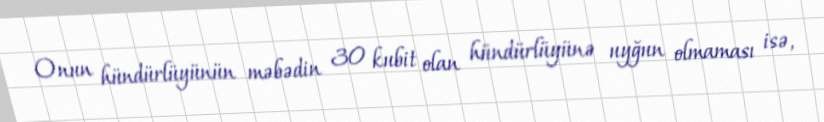
Onun hündürlüyünün məbədin 30 kubit olan hündürlüyünə uyğun olmaması isə,